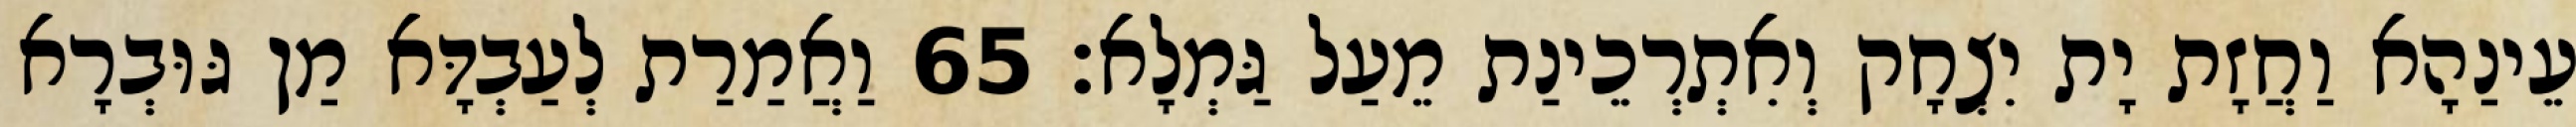
עֵינַהָא וַחֲזָת יָת יִצְחָק וְאִתְרְכֵינַת מֵעַל גַּמְלָא׃ 65 וַאֲמַרַת לְעַבְדָּא מַן גּוּבְרָא